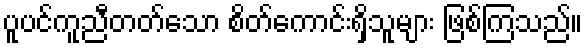
ပူပင်ကူညီတတ်သော စိတ်ကောင်းရှိသူများ ဖြစ်ကြသည်။